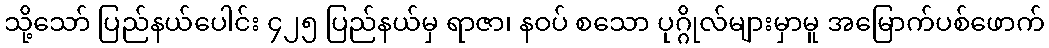
သို့သော် ပြည်နယ်ပေါင်း ၄၂၅ ပြည်နယ်မှ ရာဇာ၊ နဝပ် စသော ပုဂ္ဂိုလ်များမှာမူ အမြောက်ပစ်ဖောက်